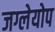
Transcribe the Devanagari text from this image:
जग्लेयोप